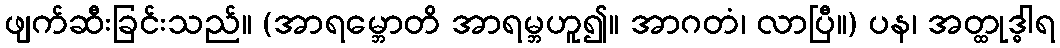
ဖျက်ဆီးခြင်းသည်။ (အာရမ္ဘောတိ အာရမ္ဘဟူ၍။ အာဂတံ၊ လာပြီ။) ပန၊ အတ္ထုဒ္ဓါရ